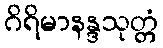
ဂိရိမာနန္ဒသုတ္တံ